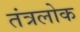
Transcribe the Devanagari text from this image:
तंत्रलोक